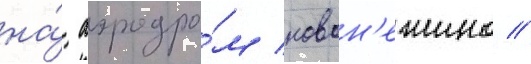
на́ аэродро́м новон'ежино //